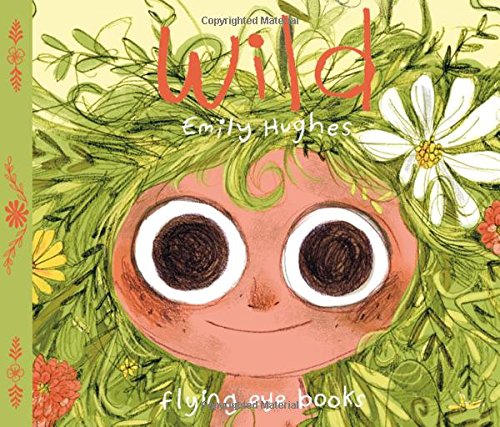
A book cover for Wild; Children's Books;